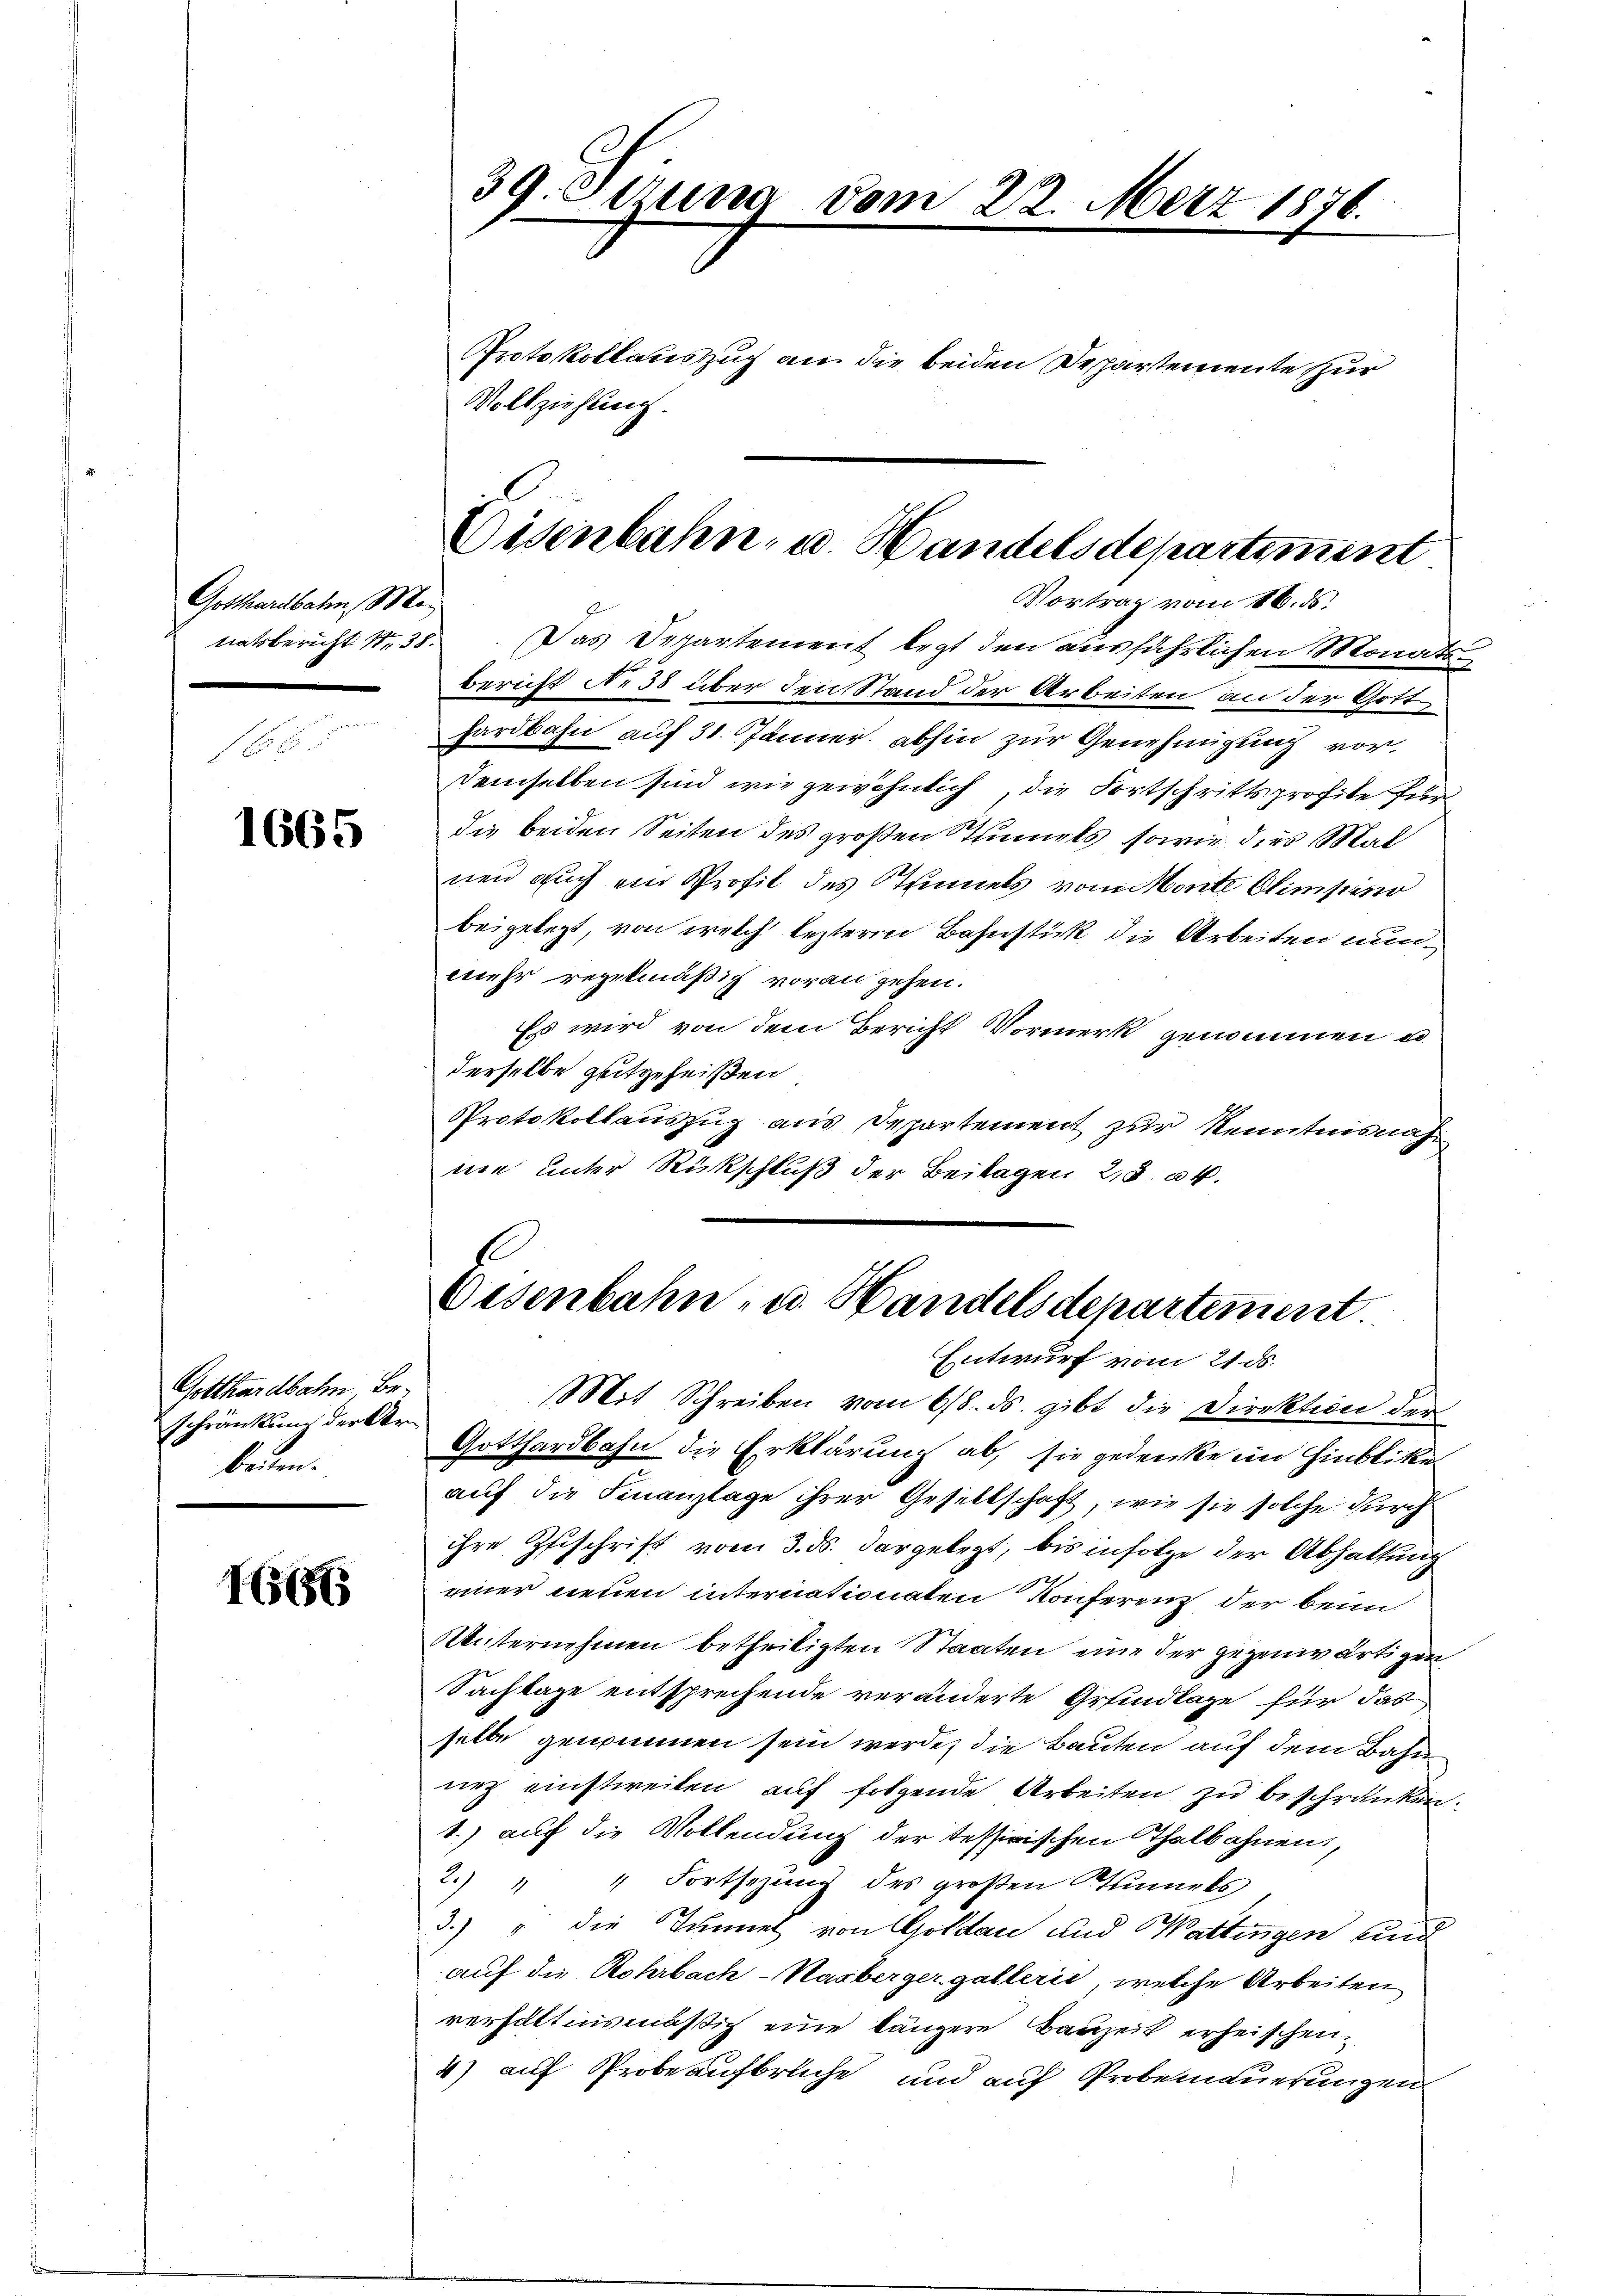
Gotthardbahn e
natsbericht S. 38.

1665

Gotthardbahn Beschränkung der Arbeten.

1566

39. Otzung vom 22. März 1876.

Protokollauszug an die beiden Despartemente zur
bericht Ne 38 über den Stand der Arbeiten an der Gotthardbahn auf 31. Jänner abhin zur Genehmigung vor¬
Demselben sind wir gewöhnlich, die Fortschrittsprofite für
die beiden Seiten des großen Stimmels, sowie dies Mal
nen auch ein Profil des Stimmels vomonte Olimpino
beigelegt, von welch lezteren Bahnstick die Arbeiten nunmehr regelmäßig voran zehen.
Es wird von dem Bericht Vormerk genommen u.
derselbe gutgeheißen
Protokollauszug aus Departement zur Kenntnisnahnie unter Rückschluß der Beilagen 23. k.

Vollziehung.

Eisenbahn- u. Handelsdepartement
Vortrag vom 16. ds.
Das Departement legt den ausführlichen Monats¬

Eisenbahn- u. Handelsdepartement
Entwurf vom 21. ds.
Mit Schreiben vom 6/8. ds. gibt die Direktion der

Gotthardbahn die Erklärung ab, sie gedenke im Hinblicke
auf die Finanzlage ihrer Gesellschaft, wie sie solche durch
ihre Zuschrift vom 3. ds. dargelegt, bis infolge der Abhaltung
einer neuen internationaten Konferenz, der beim
Unternehmen betheiligten Staaten eine der gegenwärtigen
Sachlage entsprechende veränderte Grundlage für das
selbe genommen sein werde, die Bauten auf dem Bahn
nez einstweilen auf folgende Arbeiten zu beschränken.
1.) auf die Vollendung der Tessirischen Thalbahnen,
2.) " " Fortsezung des großen Tunnels
3.) u. die Tunnel von Goldau und Wattingen und
auf die Rohrbach-Kasberger gallerie, welche Arbeiten
verhältnismäßig eine längere Bauzeit erheischen.
4) auf Probeaufbruche und auf Probemauerungen